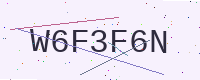
Text: W6F3F6N